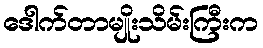
ဒေါက်တာမျိုးသိမ်းကြီးက